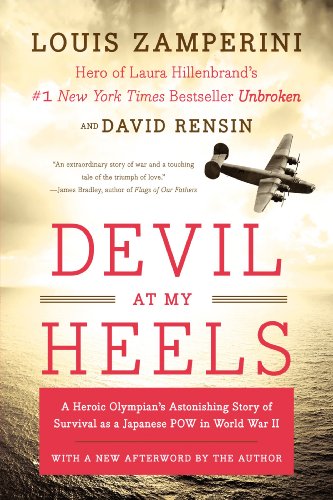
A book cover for Devil at My Heels; Louis Zamperini; History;